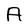
Character: A